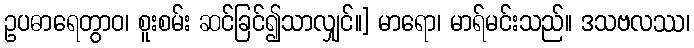
ဥပဓာရေတွာဝ၊ စူးစမ်း ဆင်ခြင်၍သာလျှင်။] မာရော၊ မာရ်မင်းသည်။ ဒသဗလဿ၊